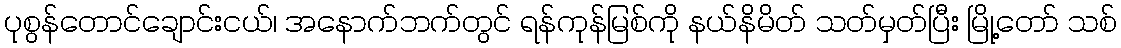
ပုစွန်တောင်ချောင်းငယ်၊ အနောက်ဘက်တွင် ရန်ကုန်မြစ်ကို နယ်နိမိတ် သတ်မှတ်ပြီး မြို့တော် သစ်